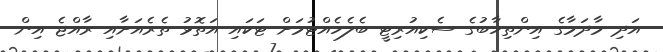
އަދި މާދަމާގެ އިންތިހާބުގެ ސެކިއުރިޓީ ބެލެހެއްޓުމަށް ޓަކައި އަތޮޅު ތެރެއަށާއި ރާއްޖެ އިން